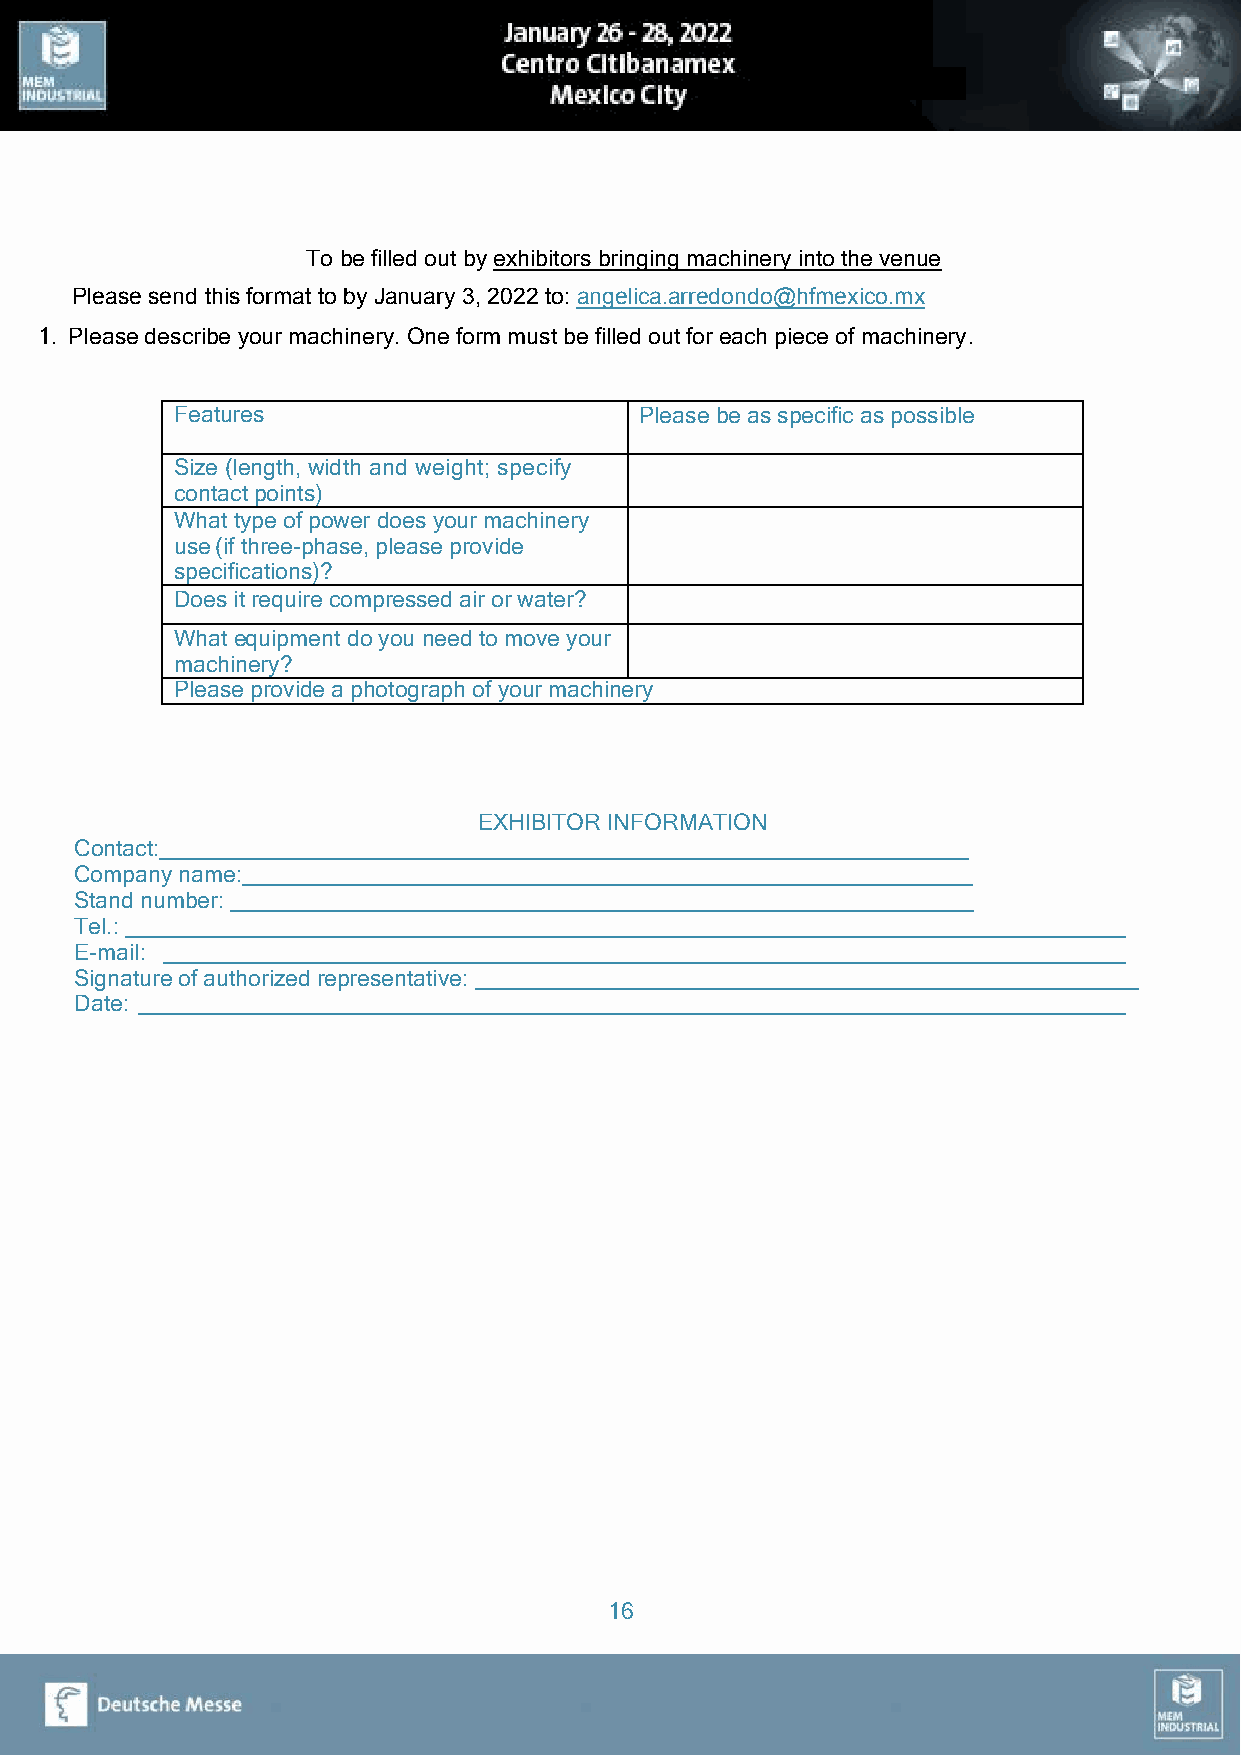
To be filled out by exhibitors bringing machinery into the venue
 Please send this format to by January 3, 2022 to: angelica.arredondo@hfmexico.mx
 1. Please describe your machinery. One form must be filled out for each piece of machinery.
 Features                       Please be as specific as possible
 Size (length, width and weight; specify
 contact points)
 What type of power does your machinery
 use (if three-phase, please provide
 specifications)?
 Does it require compressed air or water?
 What equipment do you need to move your
 machinery?
 Please provide a photograph of your machinery
 EXHIBITOR INFORMATION
 Contact:
 Company name:
 Stand number:
 Tel.: ________________________________________________________________________________
 E-mail: _____________________________________________________________________________
 Signature of authorized representative: _____________________________________________________
 Date: _______________________________________________________________________________
 16